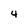
Character: 4